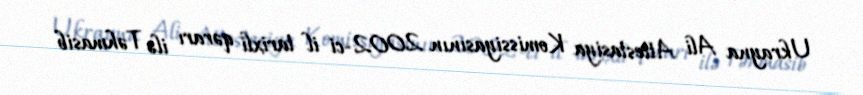
Ukrayna Ali Attestasiya Komissiyasının 2002-ci il tarixli qərarı ilə Təhmasib